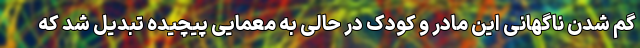
گم شدن ناگهانی این مادر و کودک در حالی به معمایی پیچیده تبدیل شد که